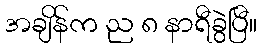
အချိန်က ည ၈ နာရီခွဲပြီ။